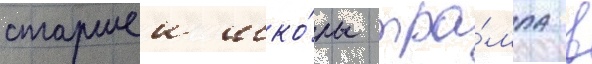
старшеи шко́лы тра́мпа в